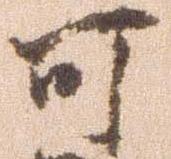
可